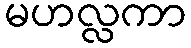
မဟလ္လကာ